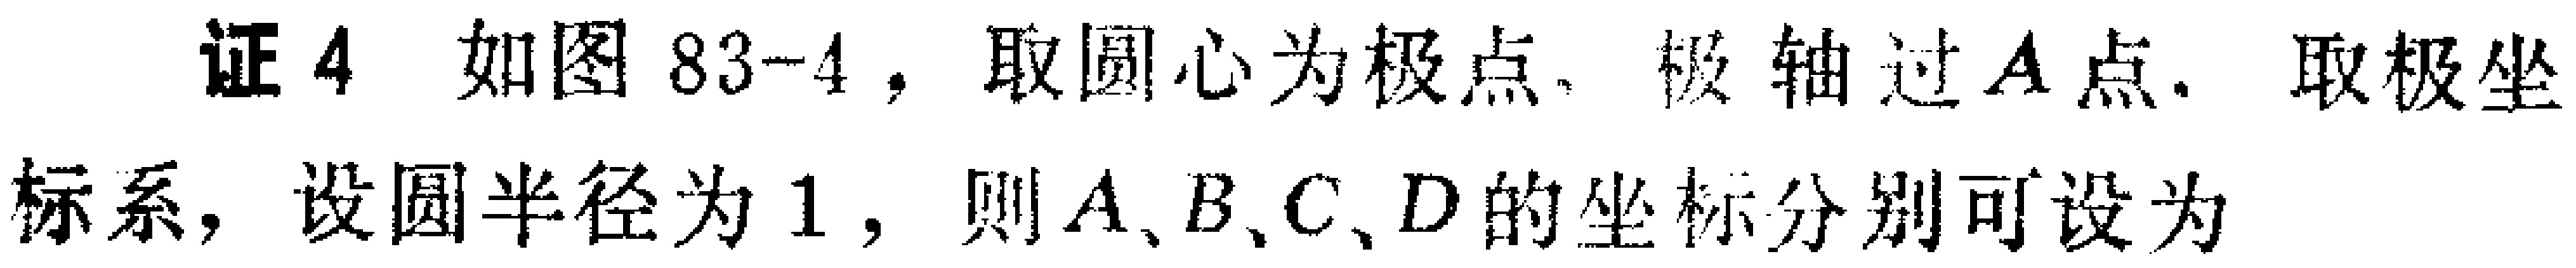
证4 如图83-4，取圆心为极点、极轴过\(A\)点. 取极坐标系，设圆半径为\(1\)，则\(A、B、C、D\)的坐标分别可设为